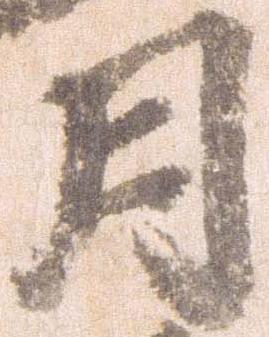
月